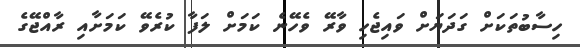
ހިސާބުތަކަށް ގަދަޔަށް ވައިޖެހި ވާރޭ ވެހޭނެ ކަމަށް ލަފާ ކުރެވޭ ކަމަށާއި ރާއްޖޭގެ